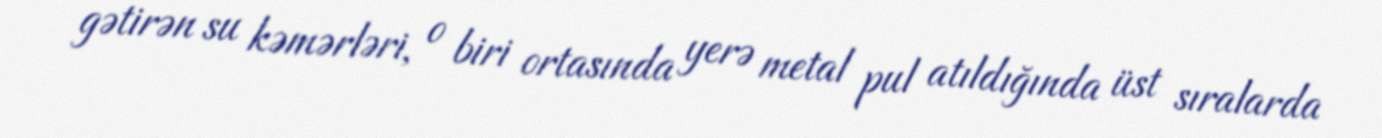
gətirən su kəmərləri, o biri ortasında yerə metal pul atıldığında üst sıralarda